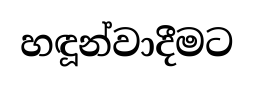
හඳූන්වාදීමට